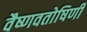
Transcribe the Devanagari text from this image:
वैष्णवतोषिणी